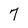
Character: 7